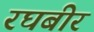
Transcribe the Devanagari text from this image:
रघबीर